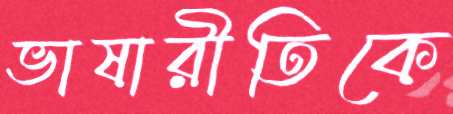
ভাষারীতিকে